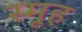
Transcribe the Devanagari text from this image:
स्मूह